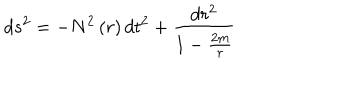
LaTeX: d s ^ { 2 } = - N ^ { 2 } \left( r \right) d t ^ { 2 } + \frac { d r ^ { 2 } } { 1 - \frac { 2 m } { r } }